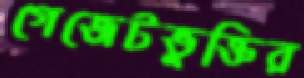
গেজেটভুক্তির